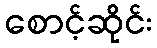
စောင့်ဆိုင်း